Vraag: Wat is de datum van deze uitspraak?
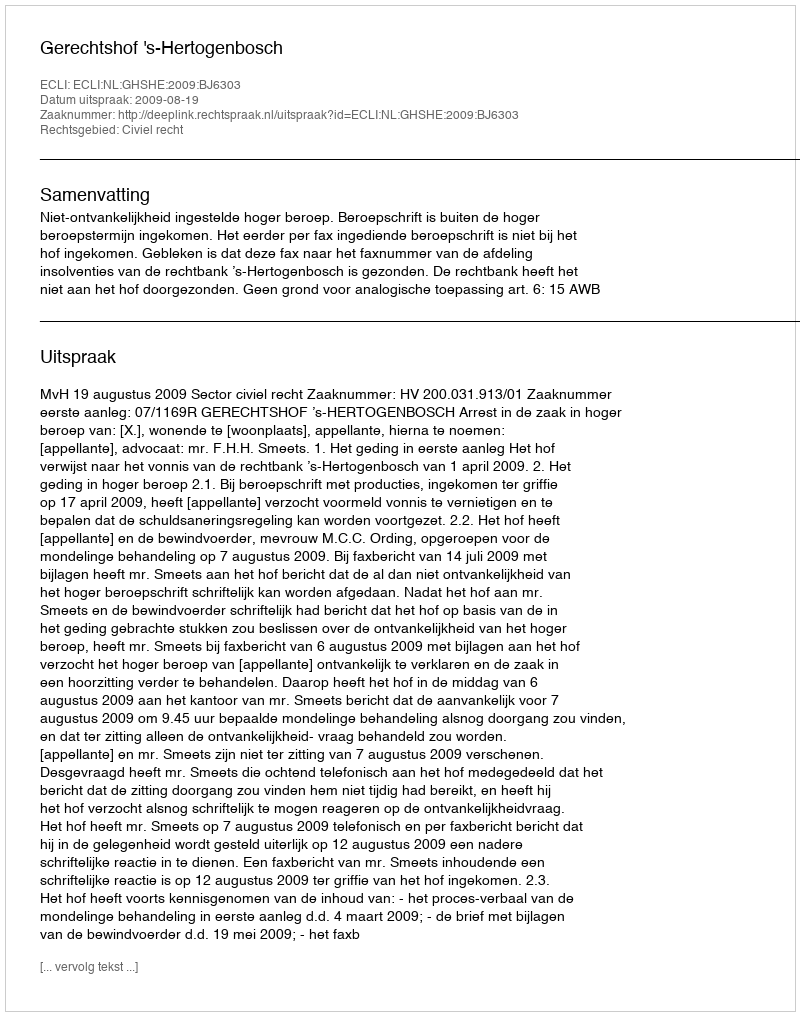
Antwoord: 2009-08-19